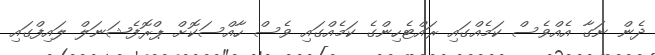
ދެން ނަގާ އެއްވެސް ކަމެއްގައި ރައްޓެހިންގެ ކަމެއްގައި ވެސް ހާއްސަކޮށް ޕްރޮފެޝަނަލް ލައިފްގައި